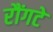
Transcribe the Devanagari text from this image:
रौंगटे